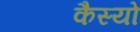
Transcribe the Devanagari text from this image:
कैस्‍यो